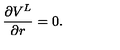
{ \frac { \partial V ^ { L } } { \partial r } } = 0 .